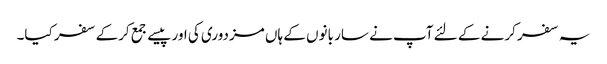
یہ سفر کرنے کے لئے آپ نے سار بانوں کے ہاں مزدوری کی اور پیسے جمع کرکے سفر کیا۔